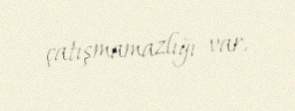
çatışmamazlığı var.